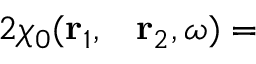
\begin{array} { r l r l } { { 2 } \chi _ { 0 } ( \mathbf { r } _ { 1 } , } & { { } \mathbf { r } _ { 2 } , \omega ) = } \end{array}